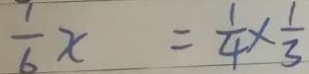
\frac { 1 } { 6 } x = \frac { 1 } { 4 } \times \frac { 1 } { 3 }